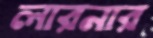
লারনার